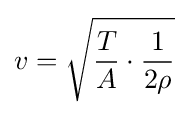
v={\sqrt {{\frac {T}{A}}\cdot {\frac {1}{2\rho }}}}